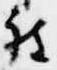
被